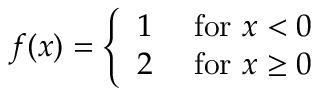
f ( x ) = { \left\{ \begin{array} { l l } { 1 } & { { \mathrm { ~ f o r ~ } } x < 0 } \\ { 2 } & { { \mathrm { ~ f o r ~ } } x \geq 0 } \end{array} \right. }